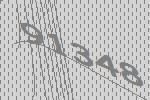
91348